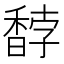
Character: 馞